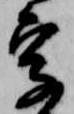
字